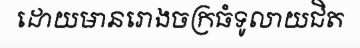
ដោយមានរោងចក្រធំទូលាយជិត